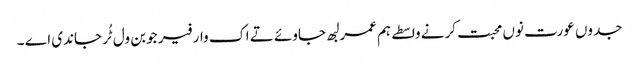
جدوں عورت نوں محبت کرنے واسطے ہم عمر لبھ جاوئے تے اک وار فیر جوبن ول ٹُر جاندی اے ۔